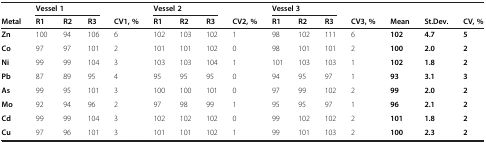
|  | <COLSPAN=2> Vessel 1 |  |  | <COLSPAN=3> Vessel 2 |  | <COLSPAN=3> Vessel 3 |  |  |  |  |
 | Metal | R1 | R2 | R3 | CV1, % | R1 | R2 | R3 | CV2, % | R1 | R2 | R3 | CV3, % | Mean | St.Dev. | CV, % |
 | --- | --- | --- | --- | --- | --- | --- | --- | --- | --- | --- | --- | --- | --- | --- | --- |
 | Zn | 100 | 94 | 106 | 6 | 102 | 103 | 102 | 1 | 98 | 102 | 111 | 6 | 102 | 4.7 | 5 |
 | Co | 97 | 97 | 101 | 2 | 101 | 101 | 102 | 0 | 98 | 101 | 101 | 2 | 100 | 2.0 | 2 |
 | Ni | 99 | 99 | 104 | 3 | 103 | 103 | 104 | 1 | 101 | 103 | 103 | 1 | 102 | 1.8 | 2 |
 | Pb | 87 | 89 | 95 | 4 | 95 | 95 | 95 | 0 | 94 | 95 | 97 | 1 | 93 | 3.1 | 3 |
 | As | 99 | 95 | 101 | 3 | 100 | 100 | 101 | 0 | 97 | 99 | 102 | 2 | 99 | 2.0 | 2 |
 | Mo | 92 | 94 | 96 | 2 | 97 | 98 | 99 | 1 | 95 | 95 | 97 | 1 | 96 | 2.1 | 2 |
 | Cd | 99 | 99 | 104 | 3 | 102 | 102 | 102 | 0 | 99 | 102 | 102 | 2 | 101 | 1.8 | 2 |
 | Cu | 97 | 96 | 101 | 3 | 101 | 101 | 102 | 1 | 99 | 101 | 103 | 2 | 100 | 2.3 | 2 |